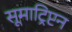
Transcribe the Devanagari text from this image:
सूमाट्रिप्टन